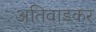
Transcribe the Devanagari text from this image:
अतिवाडकर